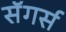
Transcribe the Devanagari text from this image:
सॅगर्स